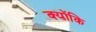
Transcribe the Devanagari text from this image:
क्‍योंकि